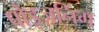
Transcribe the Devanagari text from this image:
पोइज़निंग